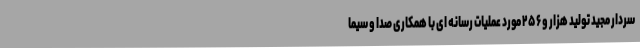
سردار مجید تولید هزار و ۲۵۶ مورد عملیات رسانه ای با همکاری صدا و سیما